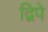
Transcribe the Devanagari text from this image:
द्विपे